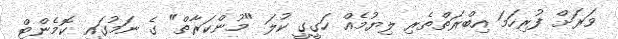
ވަރަށް ފުރިހަމަ އިބްރަތްތެރި ލިޔުމެއް ހަގީގީ ކުލަ "މުންކަރާތް" ގެ ނަމުގައި ކޮމެންޓް